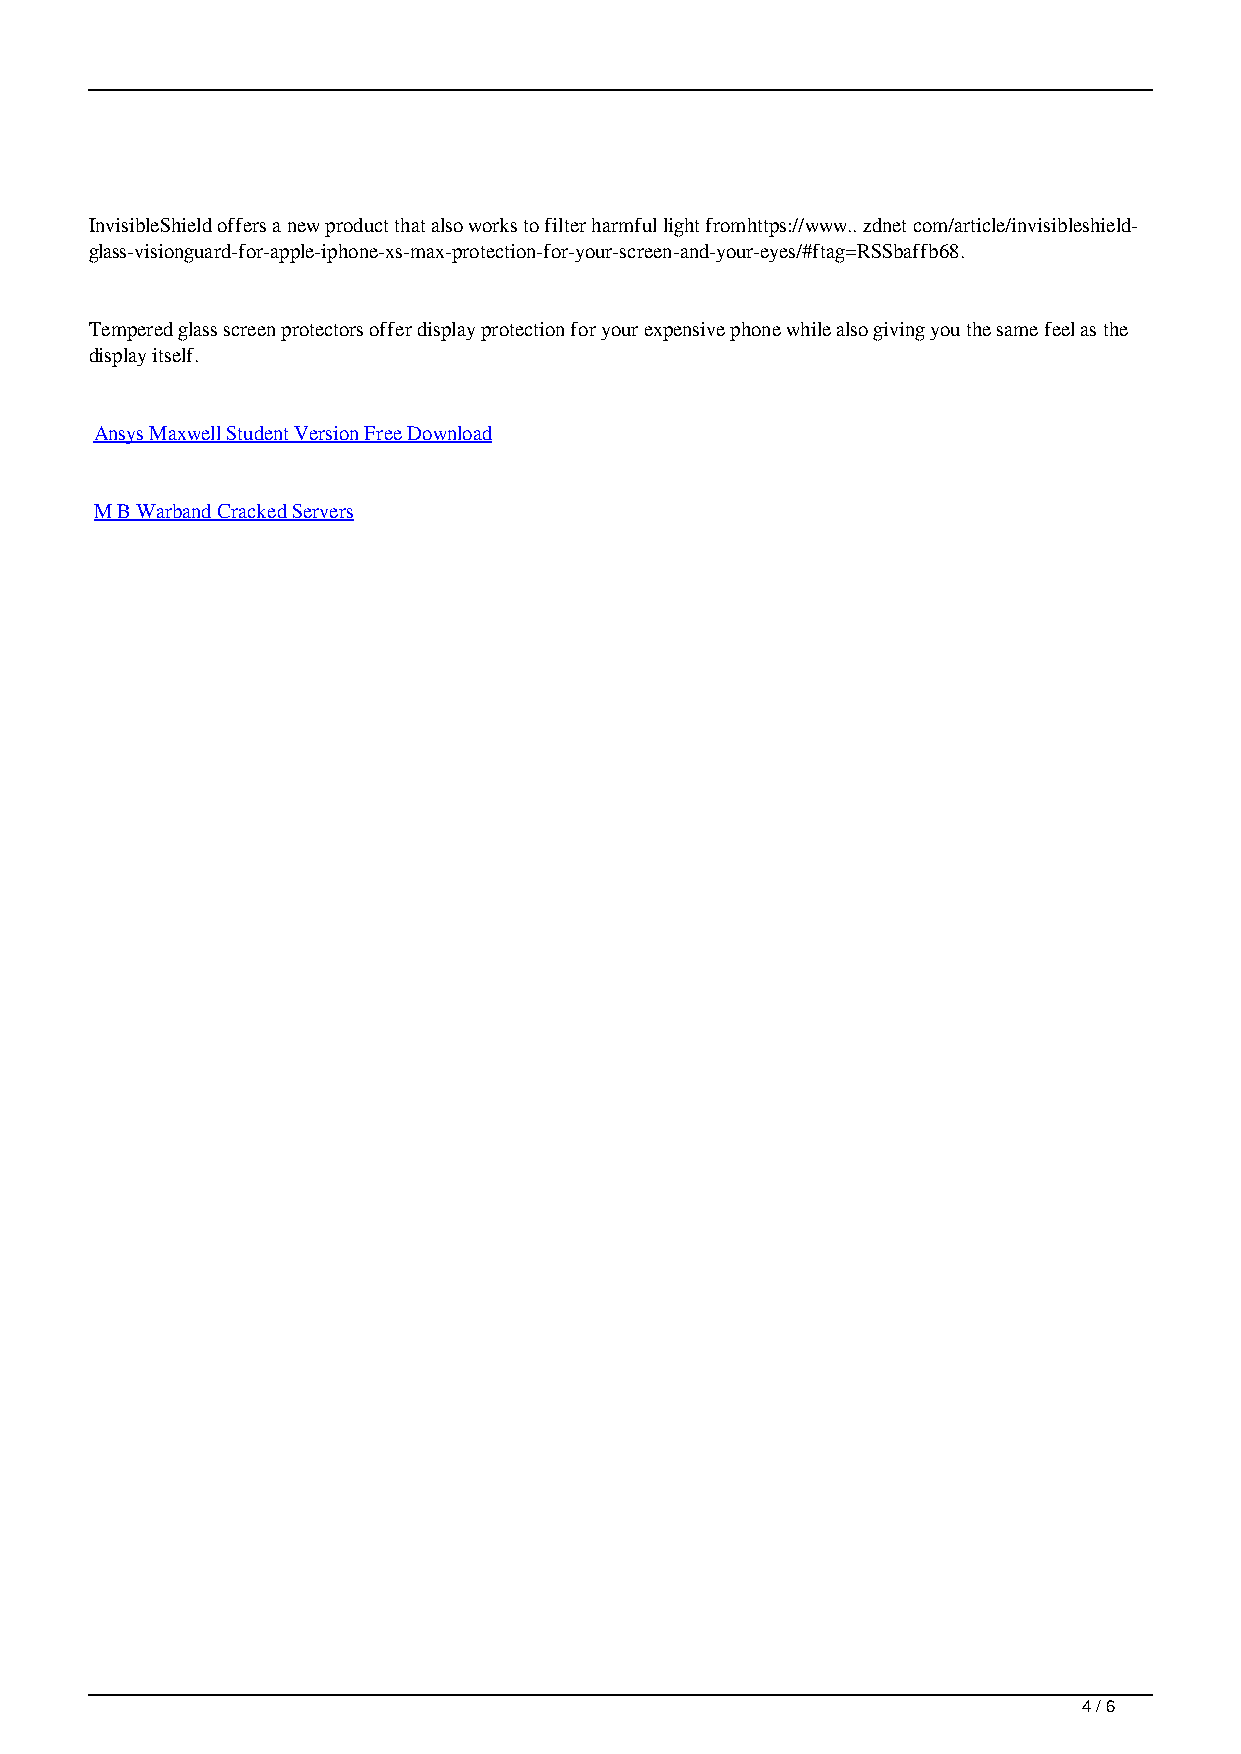
InvisibleShield offers a new product that also works to filter harmful light fromhttps://www.. zdnet com/article/invisibleshield-
 glass-visionguard-for-apple-iphone-xs-max-protection-for-your-screen-and-your-eyes/#ftag=RSSbaffb68.
 Tempered glass screen protectors offer display protection for your expensive phone while also giving you the same feel as the
 display itself.
 Ansys Maxwell Student Version Free Download
 M B Warband Cracked Servers
 4 / 6